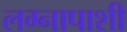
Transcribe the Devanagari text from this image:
लग्नापाशी